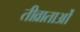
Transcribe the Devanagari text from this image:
तीव्राताओं